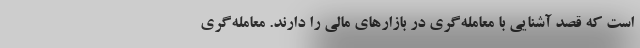
است که قصد آشنایی با معامله‌گری در بازارهای مالی را دارند. معامله‌گری